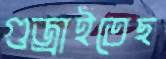
গুজ্‌রাইতেছ